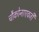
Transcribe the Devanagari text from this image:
चौकोनाएवजी